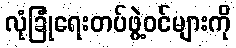
လုံခြုံရေးတပ်ဖွဲ့ဝင်များကို